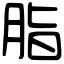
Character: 脂